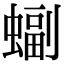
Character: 𫋖